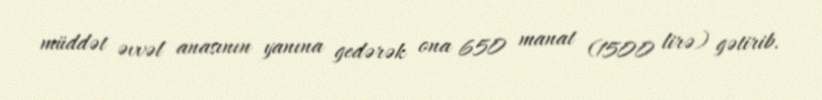
müddət əvvəl anasının yanına gedərək ona 650 manat (1500 lirə) gətirib.